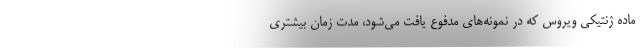
ماده ژنتیکی ویروس که در نمونه‌های مدفوع یافت می‌شود، مدت زمان بیشتری